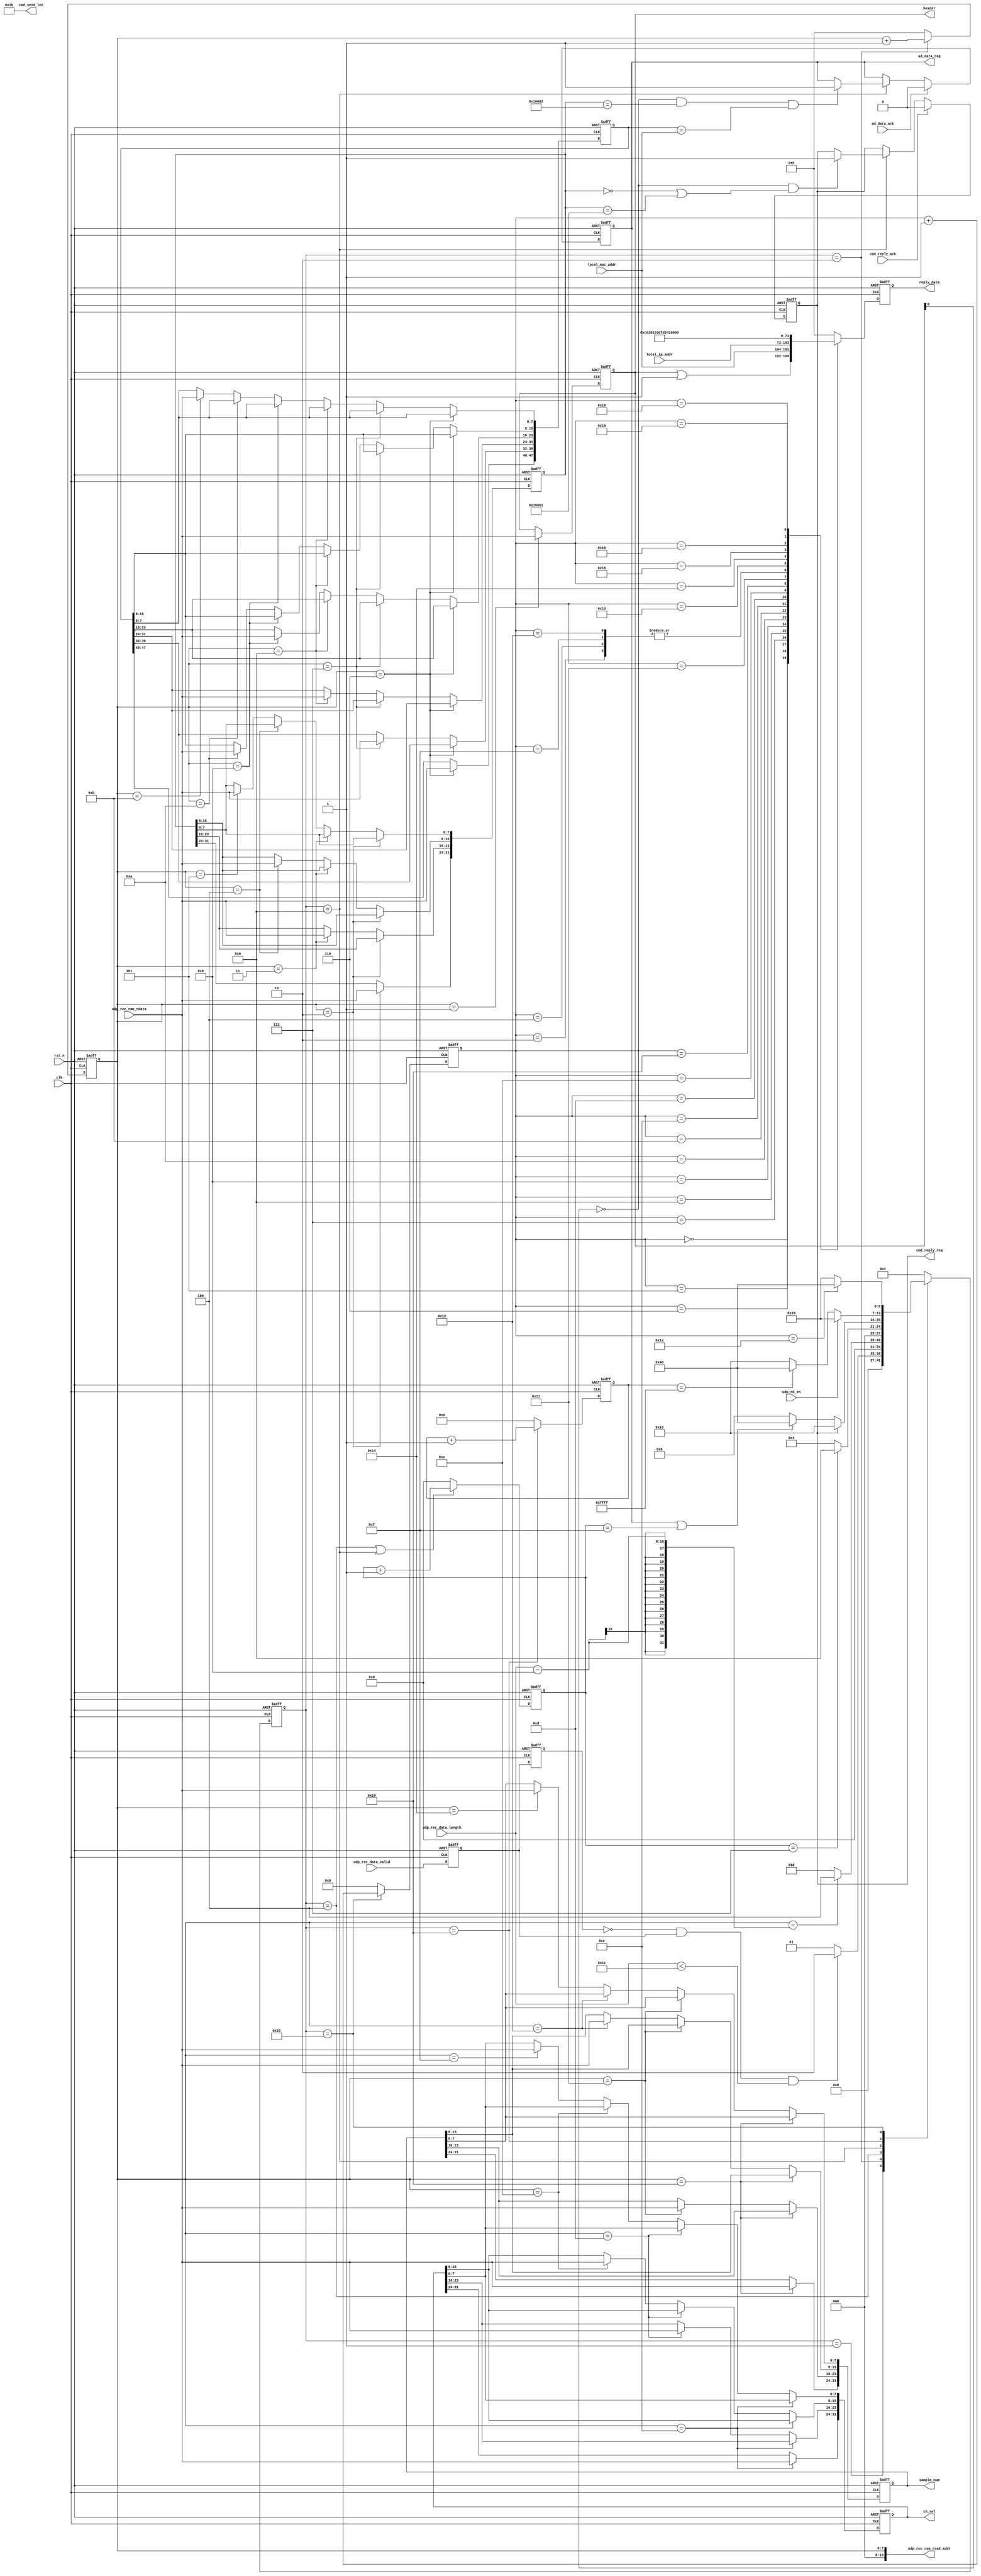
`timescale 1 ns/1 ns
module eth_cmd
       #(
         parameter SAMPLE_RATE  = 32'd65_000_000 ,  //65Msps
         parameter SAMPLE_DEPTH = 32'd16_000_000 ,  //16MB
         parameter DATA_SIGN    = 8'h01          ,  //00,unsinged;01,signed
         parameter DATA_LEN     = 8'd12          ,  //adc data width
         parameter DATA_BYTE    = 8'h02             //data byte number
         
       )
       
       (
         input                     clk ,
         input                     rst_n   ,
         
         input                     udp_rec_data_valid,    //received data valid
         input      [7:0]          udp_rec_ram_rdata ,     //read data from received ram
         output     [10:0]         udp_rec_ram_read_addr,  //read address for received ram
         input      [15:0]         udp_rec_data_length,   //received data length
         input                     udp_rd_en,        //udp read enable
         output reg [7:0]          reply_data,        //reply cmd
         
         input      [31:0]         local_ip_addr,        //local ip address
         input      [47:0]         local_mac_addr,       //local mac address
         
         output reg [31:0]         ch_sel,
         output reg [31:0]         sample_num,
         output reg [7:0]          header,
         input                     cmd_reply_ack,
         output reg                cmd_reply_req,      //cmd reply request
         output     [15:0]         cmd_send_len,       //cmd reply length
         input                     ad_data_ack,
         output reg                ad_data_req        //ad data request
         
         
       ) ;
       
       
localparam CMD_INQUIRY  = 32'h00010001 ;
localparam AD_DATA_REQ  = 32'h00010002 ;
localparam CMD_SEND_LEN = 16'd27 ;

reg  [7:0]    cmd_cnt                 ;
reg  [3:0]    wait_cnt                ;
reg  [15:0]   timeout                 ;
reg  [5:0]    reply_cnt               ;

reg  [31:0]   header_argu             ;
reg           udp_data_valid_d0       ;
reg           udp_data_valid_d1       ;
wire          udp_data_valid_posedge  ;
reg           ad_data_ack_d0          ;
reg           ad_data_ack_d1          ;
reg           ad_data_ack_d2          ;
reg  [47:0]   cmd_mac_addr            ;

localparam IDLE           = 7'b0000001 ;
localparam CMD_READ       = 7'b0000010 ;
localparam CMD_WAIT       = 7'b0000100 ;
localparam CMD_CHECK      = 7'b0001000 ;
localparam CMD_REPLY_WAIT = 7'b0010000 ;
localparam CMD_REPLY      = 7'b0100000 ;
localparam CMD_END        = 7'b1000000 ;

reg [6:0]   state    ;
reg [6:0]   next_state  ;

always @(posedge clk or negedge rst_n)
  begin
    if (~rst_n)
      state <= IDLE ;
    else
      state <= next_state ;
  end
  
always @(*)
  begin
    case(state)
      IDLE      :
        begin
          if (udp_data_valid_posedge && udp_rec_data_length < 16'd28)
            next_state <= CMD_READ ;
          else
            next_state <= IDLE ;
        end
      CMD_READ    :
        begin
          if (cmd_cnt == udp_rec_data_length - 9)
            next_state <= CMD_WAIT ;
          else
            next_state <= CMD_READ ;
        end
      CMD_WAIT    :
        begin
          if (wait_cnt == 4'd7)
            next_state <= CMD_CHECK ;
          else
            next_state <= CMD_WAIT ;
        end
      CMD_CHECK    :
        begin
          if (cmd_reply_req)
            next_state <= CMD_REPLY_WAIT ;
          else if (ad_data_req || wait_cnt == 4'd15)
            next_state <= CMD_END ;
          else
            next_state <= CMD_CHECK ;
        end
      CMD_REPLY_WAIT :
        begin
          if (udp_rd_en)
            next_state <= CMD_REPLY ;
          else if (timeout == 16'hffff)
            next_state <= CMD_END ;
          else
            next_state <= CMD_REPLY_WAIT ;
        end
      CMD_REPLY    :
        begin
          if (reply_cnt == CMD_SEND_LEN - 1)
            next_state <= CMD_END ;
          else
            next_state <= CMD_REPLY ;
        end
      CMD_END     :
        next_state <= IDLE ;
      default     :
        next_state <= IDLE ;
        
    endcase
  end
  
assign udp_rec_ram_read_addr   = cmd_cnt ;
assign cmd_send_len            = CMD_SEND_LEN ;

always @(posedge clk or negedge rst_n)
  begin
    if (~rst_n)
      begin
        ad_data_ack_d0 <= 1'b0 ;
        ad_data_ack_d1 <= 1'b0 ;
        ad_data_ack_d2 <= 1'b0 ;
      end
    else
      begin
        ad_data_ack_d0 <= ad_data_ack ;
        ad_data_ack_d1 <= ad_data_ack_d0 ;
        ad_data_ack_d2 <= ad_data_ack_d1 ;
      end
  end
  
//read data from udp received ram counter
always @(posedge clk or negedge rst_n)
  begin
    if (~rst_n)
      begin
        udp_data_valid_d0 <= 1'b0 ;
        udp_data_valid_d1 <= 1'b0 ;
      end
    else
      begin
        udp_data_valid_d0 <= udp_rec_data_valid ;
        udp_data_valid_d1 <= udp_data_valid_d0 ;
      end
  end
  
assign udp_data_valid_posedge = ~udp_data_valid_d1 & udp_data_valid_d0 ;


//read data from udp received ram counter
always @(posedge clk or negedge rst_n)
  begin
    if (~rst_n)
      cmd_cnt <= 8'd0 ;
    else if (state == CMD_READ)
      cmd_cnt <= cmd_cnt + 1'b1 ;
    else
      cmd_cnt <= 8'd0 ;
  end
//wait for some clocks
always @(posedge clk or negedge rst_n)
  begin
    if (~rst_n)
      wait_cnt <= 4'd0 ;
    else if (state == CMD_WAIT || state == CMD_CHECK)
      wait_cnt <= wait_cnt + 1'b1 ;
    else
      wait_cnt <= 4'd0 ;
  end
  
//wait for some clocks
always @(posedge clk or negedge rst_n)
  begin
    if (~rst_n)
      timeout <= 16'd0 ;
    else if (state == CMD_REPLY_WAIT)
      timeout <= timeout + 1'b1 ;
    else
      timeout <= 16'd0 ;
  end
  
  
//reply counter
always @(posedge clk or negedge rst_n)
  begin
    if (~rst_n)
      reply_cnt <= 6'd0 ;
    else if (state == CMD_REPLY)
      reply_cnt <= reply_cnt + 1'b1 ;
    else
      reply_cnt <= 6'd0 ;
  end
//register header
always @(posedge clk or negedge rst_n)
  begin
    if (~rst_n)
      header <= 8'd0 ;
    else if (cmd_cnt == 8'd1)
      header <= udp_rec_ram_rdata ;
  end
//register header argument
always @(posedge clk or negedge rst_n)
  begin
    if (~rst_n)
      header_argu <= 32'd0 ;
    else if (cmd_cnt == 8'd2)
      header_argu[31:24]   <= udp_rec_ram_rdata ;
    else if (cmd_cnt == 8'd3)
      header_argu[23:16]   <= udp_rec_ram_rdata ;
    else if (cmd_cnt == 8'd4)
      header_argu[15:8]   <= udp_rec_ram_rdata ;
    else if (cmd_cnt == 8'd5)
      header_argu[7:0]    <= udp_rec_ram_rdata ;
  end
//received cmd
always @(posedge clk or negedge rst_n)
  begin
    if (~rst_n)
      cmd_mac_addr <= 48'd0 ;
    else if (cmd_cnt == 8'd6)
      cmd_mac_addr[47:40]   <= udp_rec_ram_rdata ;
    else if (cmd_cnt == 8'd7)
      cmd_mac_addr[39:32]   <= udp_rec_ram_rdata ;
    else if (cmd_cnt == 8'd8)
      cmd_mac_addr[31:24]   <= udp_rec_ram_rdata ;
    else if (cmd_cnt == 8'd9)
      cmd_mac_addr[23:16]   <= udp_rec_ram_rdata ;
    else if (cmd_cnt == 8'd10)
      cmd_mac_addr[15:8]   <= udp_rec_ram_rdata ;
    else if (cmd_cnt == 8'd11)
      cmd_mac_addr[7:0]    <= udp_rec_ram_rdata ;
  end
  
//register channel select
always @(posedge clk or negedge rst_n)
  begin
    if (~rst_n)
      ch_sel <= 32'd0 ;
    else if (cmd_cnt == 8'd12)
      ch_sel[31:24]   <= udp_rec_ram_rdata ;
    else if (cmd_cnt == 8'd13)
      ch_sel[23:16]   <= udp_rec_ram_rdata ;
    else if (cmd_cnt == 8'd14)
      ch_sel[15:8]   <= udp_rec_ram_rdata ;
    else if (cmd_cnt == 8'd15)
      ch_sel[7:0]    <= udp_rec_ram_rdata ;
  end
//register sample number
always @(posedge clk or negedge rst_n)
  begin
    if (~rst_n)
      sample_num <= 32'd0 ;
    else if (cmd_cnt == 8'd16)
      sample_num[31:24]   <= udp_rec_ram_rdata ;
    else if (cmd_cnt == 8'd17)
      sample_num[23:16]   <= udp_rec_ram_rdata ;
    else if (cmd_cnt == 8'd18)
      sample_num[15:8]   <= udp_rec_ram_rdata ;
    else if (cmd_cnt == 8'd20)
      sample_num[7:0]    <= udp_rec_ram_rdata ;
  end
//check command
always @(posedge clk or negedge rst_n)
  begin
    if (~rst_n)
      cmd_reply_req <= 1'b0 ;
    else if (cmd_reply_ack)
      cmd_reply_req <= 1'b0 ;
    else if (state == CMD_CHECK)
      begin
        if (~header[0] && (header_argu == 32'd0 || header_argu == CMD_INQUIRY))
          cmd_reply_req <= 1'b1 ;
      end
  end
  
always @(posedge clk or negedge rst_n)
  begin
    if (~rst_n)
      ad_data_req <= 1'b0 ;
    else if (ad_data_ack)
      ad_data_req <= 1'b0 ;
    else if (state == CMD_CHECK)
      begin
        if (~header[0] && header_argu == AD_DATA_REQ && cmd_mac_addr == local_mac_addr)
          ad_data_req <= 1'b1 ;
      end
  end
//reply cmd data
always @(posedge clk or negedge rst_n)
  begin
    if (~rst_n)
      reply_data <= 8'd0 ;
    else
      begin
        case(reply_cnt)
          6'd0    :   reply_data <= header|8'h01           ;
          6'd1    :   reply_data <= CMD_INQUIRY[31:24]     ;
          6'd2    :   reply_data <= CMD_INQUIRY[23:16]     ;
          6'd3    :   reply_data <= CMD_INQUIRY[15:8]      ;
          6'd4    :   reply_data <= CMD_INQUIRY[7:0]       ;
          6'd5    :   reply_data <= local_mac_addr[47:40]  ;
          6'd6    :   reply_data <= local_mac_addr[39:32]  ;
          6'd7    :   reply_data <= local_mac_addr[31:24]  ;
          6'd8    :   reply_data <= local_mac_addr[23:16]  ;
          6'd9    :   reply_data <= local_mac_addr[15:8]   ;
          6'd10   :   reply_data <= local_mac_addr[7:0]    ;
          6'd11   :   reply_data <= local_ip_addr[31:24]   ;
          6'd12   :   reply_data <= local_ip_addr[23:16]   ;
          6'd13   :   reply_data <= local_ip_addr[15:8]    ;
          6'd14   :   reply_data <= local_ip_addr[7:0]     ;
          6'd15   :   reply_data <= DATA_SIGN              ;
          6'd16   :   reply_data <= DATA_LEN               ;
          6'd17   :   reply_data <= DATA_BYTE              ;
          6'd18   :   reply_data <= 8'h01                  ; //channel
          6'd19   :   reply_data <= SAMPLE_RATE[31:24]     ;
          6'd20   :   reply_data <= SAMPLE_RATE[23:16]     ;
          6'd21   :   reply_data <= SAMPLE_RATE[15:8]      ;
          6'd22   :   reply_data <= SAMPLE_RATE[7:0]       ;
          6'd23   :   reply_data <= SAMPLE_DEPTH[31:24]    ;
          6'd24   :   reply_data <= SAMPLE_DEPTH[23:16]    ;
          6'd25   :   reply_data <= SAMPLE_DEPTH[15:8]     ;
          6'd26   :   reply_data <= SAMPLE_DEPTH[7:0]      ;
          default :   reply_data <= 8'h00                  ;
        endcase
      end
  end
  
endmodule